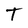
Character: T